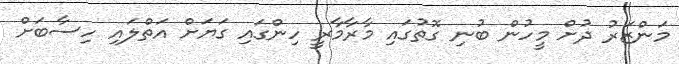
މަންޒަރު ދުށް މީހުން ބުނި ގޮތުގައި މާރާމާރީ ހިންގައި ގަޔަށް އަތްލައި ހިސާބަށް